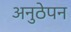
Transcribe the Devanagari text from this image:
अनुठेपन